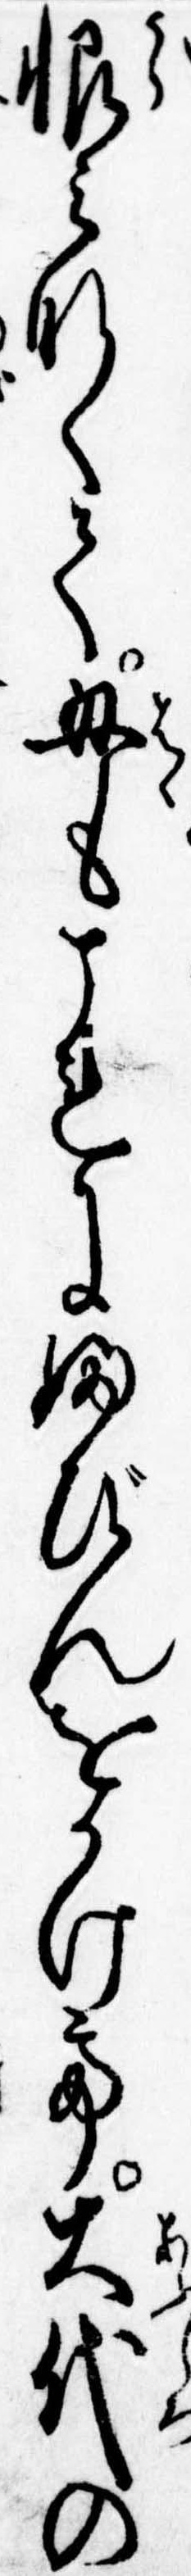
恨みなくて母もこれにふびんをかけて大代の